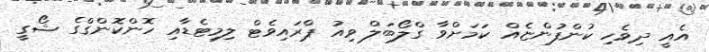
އެއީ ދިވެހި ކުންފުންޏެއް ކަމަށްވާ ގްލޯބަލް ވިއު ޕްރައިވެޓް ލިމިޓެޑާއި ހޮންކޮންގްގެ ޝޯގީ